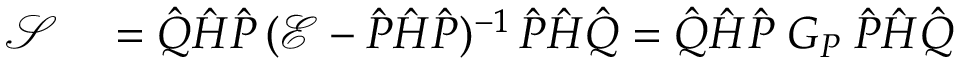
\begin{array} { r l } { \mathcal { S } } & { { } = \hat { Q } \hat { H } \hat { P } \, ( \mathcal { E } - \hat { P } \hat { H } \hat { P } ) ^ { - 1 } \, \hat { P } \hat { H } \hat { Q } = \hat { Q } \hat { H } \hat { P } \; G _ { P } \; \hat { P } \hat { H } \hat { Q } } \end{array}